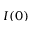
I ( 0 )